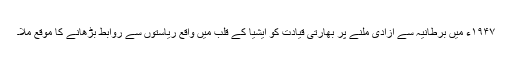
۱۹۴۷ء میں برطانیہ سے آزادی ملنے پر بھارتی قیادت کو ایشیا کے قلب میں واقع ریاستوں سے روابط بڑھانے کا موقع ملا۔